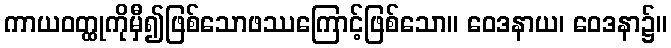
ကာယဝတ္ထုကိုမှီ၍ဖြစ်သောဖဿကြောင့်ဖြစ်သော။ ဝေဒနာယ၊ ဝေဒနာ၌။